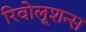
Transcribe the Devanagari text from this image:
रिवोलूशन्स